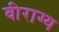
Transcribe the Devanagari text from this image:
वीराग्य